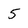
Character: 5